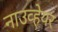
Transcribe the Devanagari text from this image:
नाउव्हेयर